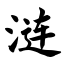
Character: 涟